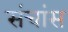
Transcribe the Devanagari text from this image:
संचांस